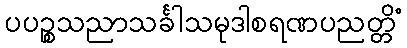
ပပဉ္စသညာသင်္ခါသမုဒါစရဏပညတ္တိံ